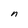
Character: n